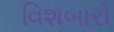
વિશબારો